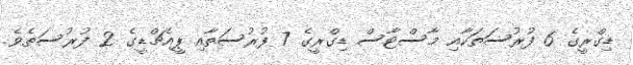
ޑިގްރީގެ 6 ފުރުސަތަކާއި މާސްޓާސް ޑިގްރީގެ 7 ފުރުސަތާއި ޕީއެޗްޑީގެ 2 ފުރުސަތެވެ.